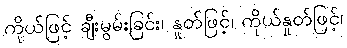
ကိုယ်ဖြင့် ချီးမွမ်းခြင်း၊ နှုတ်ဖြင့်၊ ကိုယ်နှုတ်ဖြင့်၊